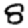
Digit: 8